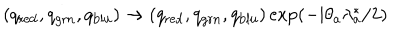
LaTeX: \left( q _ { \mathrm { r e d } } , q _ { \mathrm { g r n } } , q _ { \mathrm { b l u } } \right) \rightarrow \left( q _ { \mathrm { r e d } } , q _ { \mathrm { g r n } } , q _ { \mathrm { b l u } } \right) \exp ( - \mathrm { i } \theta _ { a } \lambda _ { a } ^ { \ast } / 2 )